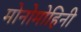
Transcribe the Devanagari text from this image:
मोनोमोहिनी